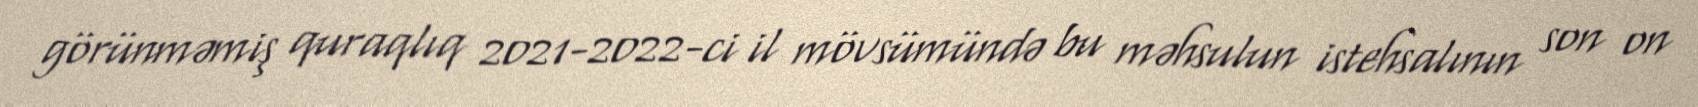
görünməmiş quraqlıq 2021-2022-ci il mövsümündə bu məhsulun istehsalının son on